Annual administration report of the Civil Veterinary Department of India - 1896-1897
Year: 1896
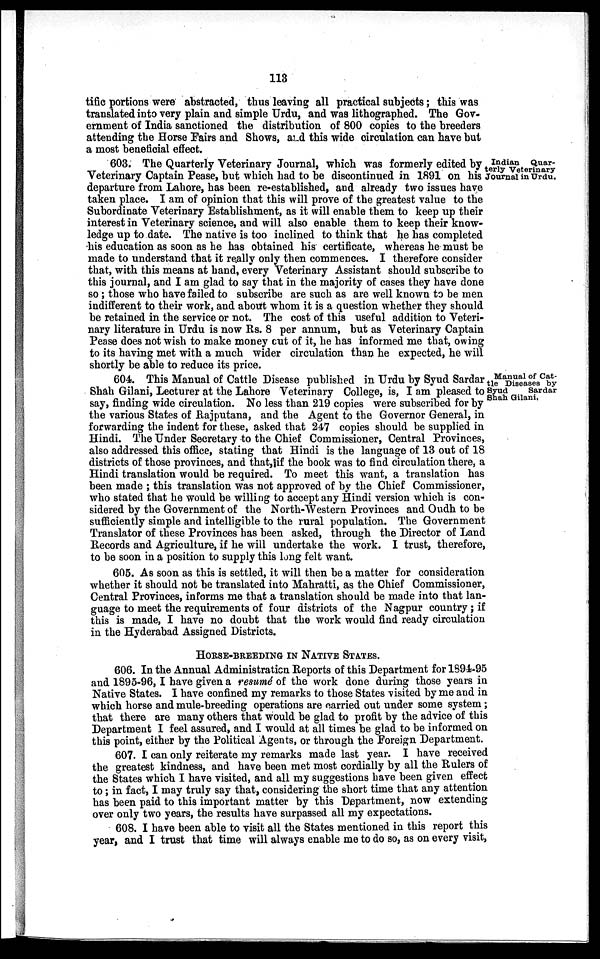
113
tific portions were abstracted, thus leaving all practical subjects; this was
translated into very plain and simple Urdu, and was lithographed. The Gov-
ernment of India sanctioned the distribution of 800 copies to the breeders
attending the Horse Fairs and Shows, and this wide circulation can have but
a most beneficial effect.
Indian
Quar-
terly Veterinary
Journal in Urdu.
603. The Quarterly Veterinary Journal, which was formerly edited by
Veterinary Captain Pease, but which had to be discontinued in 1891 on his
departure from Lahore, has been re-established, and already two issues have
taken place. I am of opinion that this will prove of the greatest value to the
Subordinate Veterinary Establishment, as it will enable them to keep up their
interest in Veterinary science, and will also enable them to keep their know-
ledge up to date. The native is too inclined to think that he has completed
his education as soon as he has obtained his certificate, whereas he must be
made to understand that it really only then commences. I therefore consider
that, with this means at hand, every Veterinary Assistant should subscribe to
this journal, and I am glad to say that in the majority of cases they have done
so; those who have failed to subscribe are such as are well known to be men
indifferent to their work, and about whom it is a question whether they should
be retained in the service or not. The cost of this useful addition to Veteri-
nary literature in Urdu is now Rs. 8 per annum, but as Veterinary Captain
Pease does not wish to make money cut of it, he has informed me that, owing
to its having met with a much wider circulation than he expected, he will
shortly be able to reduce its price.
Manual of Cat-
tle Diseases by
Syud
Sardar
Shah Gilani,
604. This Manual of Cattle Disease published in Urdu by Syud Sardar
Shah Gilani, Lecturer at the Lahore Veterinary College, is, I am pleased to
say, finding wide circulation. No less than 219 copies were subscribed for by
the various States of Rajputana, and the Agent to the Governor General, in
forwarding the indent for these, asked that 247 copies should be supplied in
Hindi. The Under Secretary to the Chief Commissioner, Central Provinces,
also addressed this office, stating that Hindi is the language of 13 out of 18
districts of those provinces, and that, if the book was to find circulation there, a
Hindi translation would be required. To meet this want, a translation has
been made; this translation was not approved of by the Chief Commissioner,
who stated that he would be willing to accept any Hindi version which is con-
sidered by the Government of the North-Western Provinces and Oudh to be
sufficiently simple and intelligible to the rural population. The Government
Translator of these Provinces has been asked, through the Director of Land
Records and Agriculture, if he will undertake the work. I trust, therefore,
to be soon in a position to supply this long felt want.
605. As soon as this is settled, it will then be a matter for consideration
whether it should not be translated into Mahratti, as the Chief Commissioner,
Central Provinces, informs me that a translation should be made into that lan-
guage to meet the requirements of four districts of the Nagpur country; if
this is made, I have no doubt that the work would find ready circulation
in the Hyderabad Assigned Districts.
HORSE-BREEDING IN NATIVE STATES.
606. In the Annual Administration Reports of this Department for 1894-95
and 1895-96, I have given a resumé of the work done during those years in
Native States. I have confined my remarks to those States visited by me and in
which horse and mule-breeding operations are carried out under some system;
that there are many others that would be glad to profit by the advice of this
Department I feel assured, and I would at all times be glad to be informed on
this point, either by the Political Agents, or through the Foreign Department.
607. I can only reiterate my remarks made last year. I have received
the greatest kindness, and have been met most cordially by all the Rulers of
the States which I have visited, and all my suggestions have been given effect
to; in fact, I may truly say that, considering the short time that any attention
has been paid to this important matter by this Department, now extending
over only two years, the results have surpassed all my expectations.
608. I have been able to visit all the States mentioned in this report this
year, and I trust that time will always enable me to do so, as on every visit,